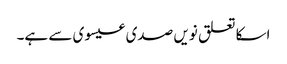
اسکا تعلق نویں صدی عیسوی سے ہے۔